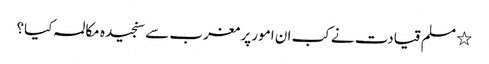
٭ مسلم قیادت نے کب ان امور پر مغرب سے سنجیدہ مکالمہ کیا؟